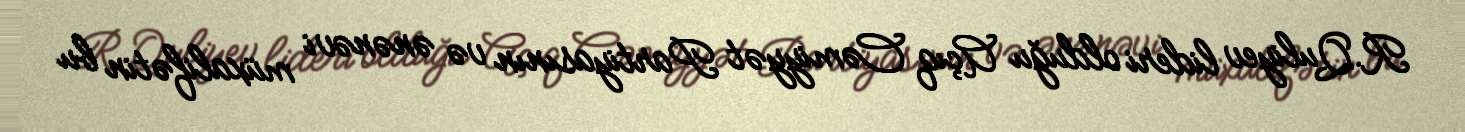
R.Quliyev lideri olduğu Açıq Cəmiyyət Partiyasının və ənənəvi müxalifətin bu